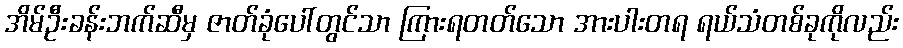
အိမ်ဦးခန်းဘက်ဆီမှ ဇာတ်ခုံပေါ်တွင်သာ ကြားရတတ်သော အားပါးတရ ရယ်သံတစ်ခုကိုလည်း